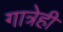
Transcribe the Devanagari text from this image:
गात्रेही